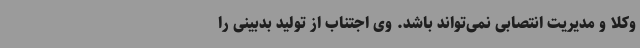
وکلا و مدیریت انتصابی نمی‌تواند باشد. وی اجتناب از تولید بدبینی را